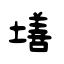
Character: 墡